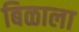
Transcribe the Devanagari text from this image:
बिळाला